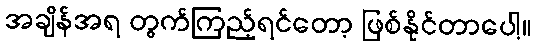
အချိန်အရ တွက်ကြည့်ရင်တော့ ဖြစ်နိုင်တာပေါ့။